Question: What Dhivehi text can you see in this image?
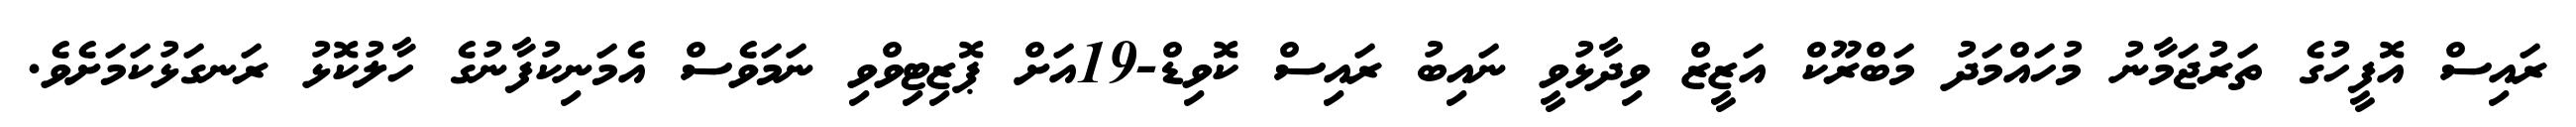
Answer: ރައިސް އޮފީހުގެ ތަރުޖަމާނު މުހައްމަދު މަބްރޫކް އަޒީޒް ވިދާޅުވީ ނައިބު ރައިސް ކޮވިޑް-19އަށް ޕޮޒިޓިވްވި ނަމަވެސް އެމަނިކުފާނުގެ ހާލުކޮޅު ރަނގަޅުކަމަށެވެ.